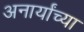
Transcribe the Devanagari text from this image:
अनार्यांच्या